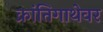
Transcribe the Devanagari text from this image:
क्रांतिगाथेवर